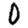
Digit: 0